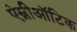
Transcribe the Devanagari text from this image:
ऐम्नीऑटिक